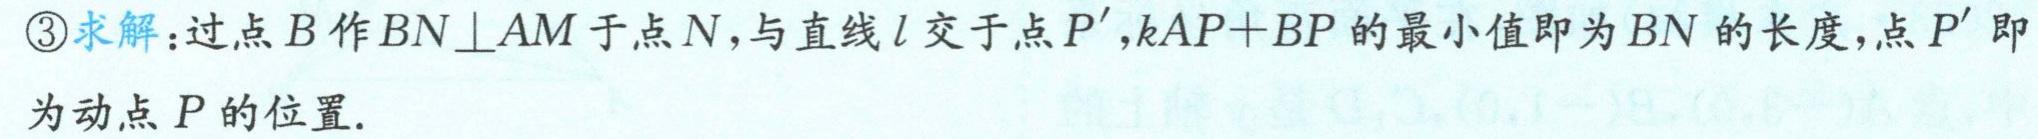
\textcircled{3}求解：过点\(B\)作\(BN\perp AM\)于点\(N\)，与直线\(l\)交于点\(P'\)，\(kAP + BP\)的最小值即为\(BN\)的长度，点\(P'\)即为动点\(P\)的位置.